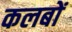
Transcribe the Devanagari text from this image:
कलबों